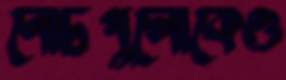
নোটগুলোকেও